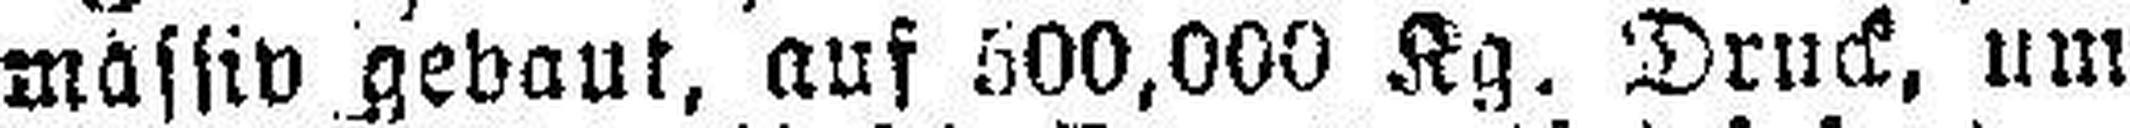
mässiv gebaut, auf 500,000 Kg. Druck, um